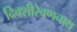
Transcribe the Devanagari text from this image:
दिवशीरेवणनाथ